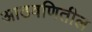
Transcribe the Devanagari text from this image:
आठवणितील